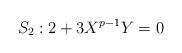
LaTeX: \begin{align*}S_2: 2+3X^{p-1}Y=0\end{align*}